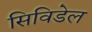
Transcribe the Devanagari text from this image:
सिविडेल